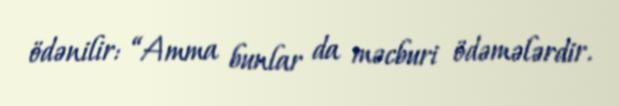
ödənilir: “Amma bunlar da məcburi ödəmələrdir.